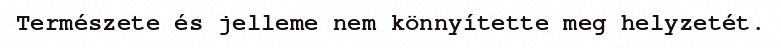
Természete és jelleme nem könnyítette meg helyzetét.